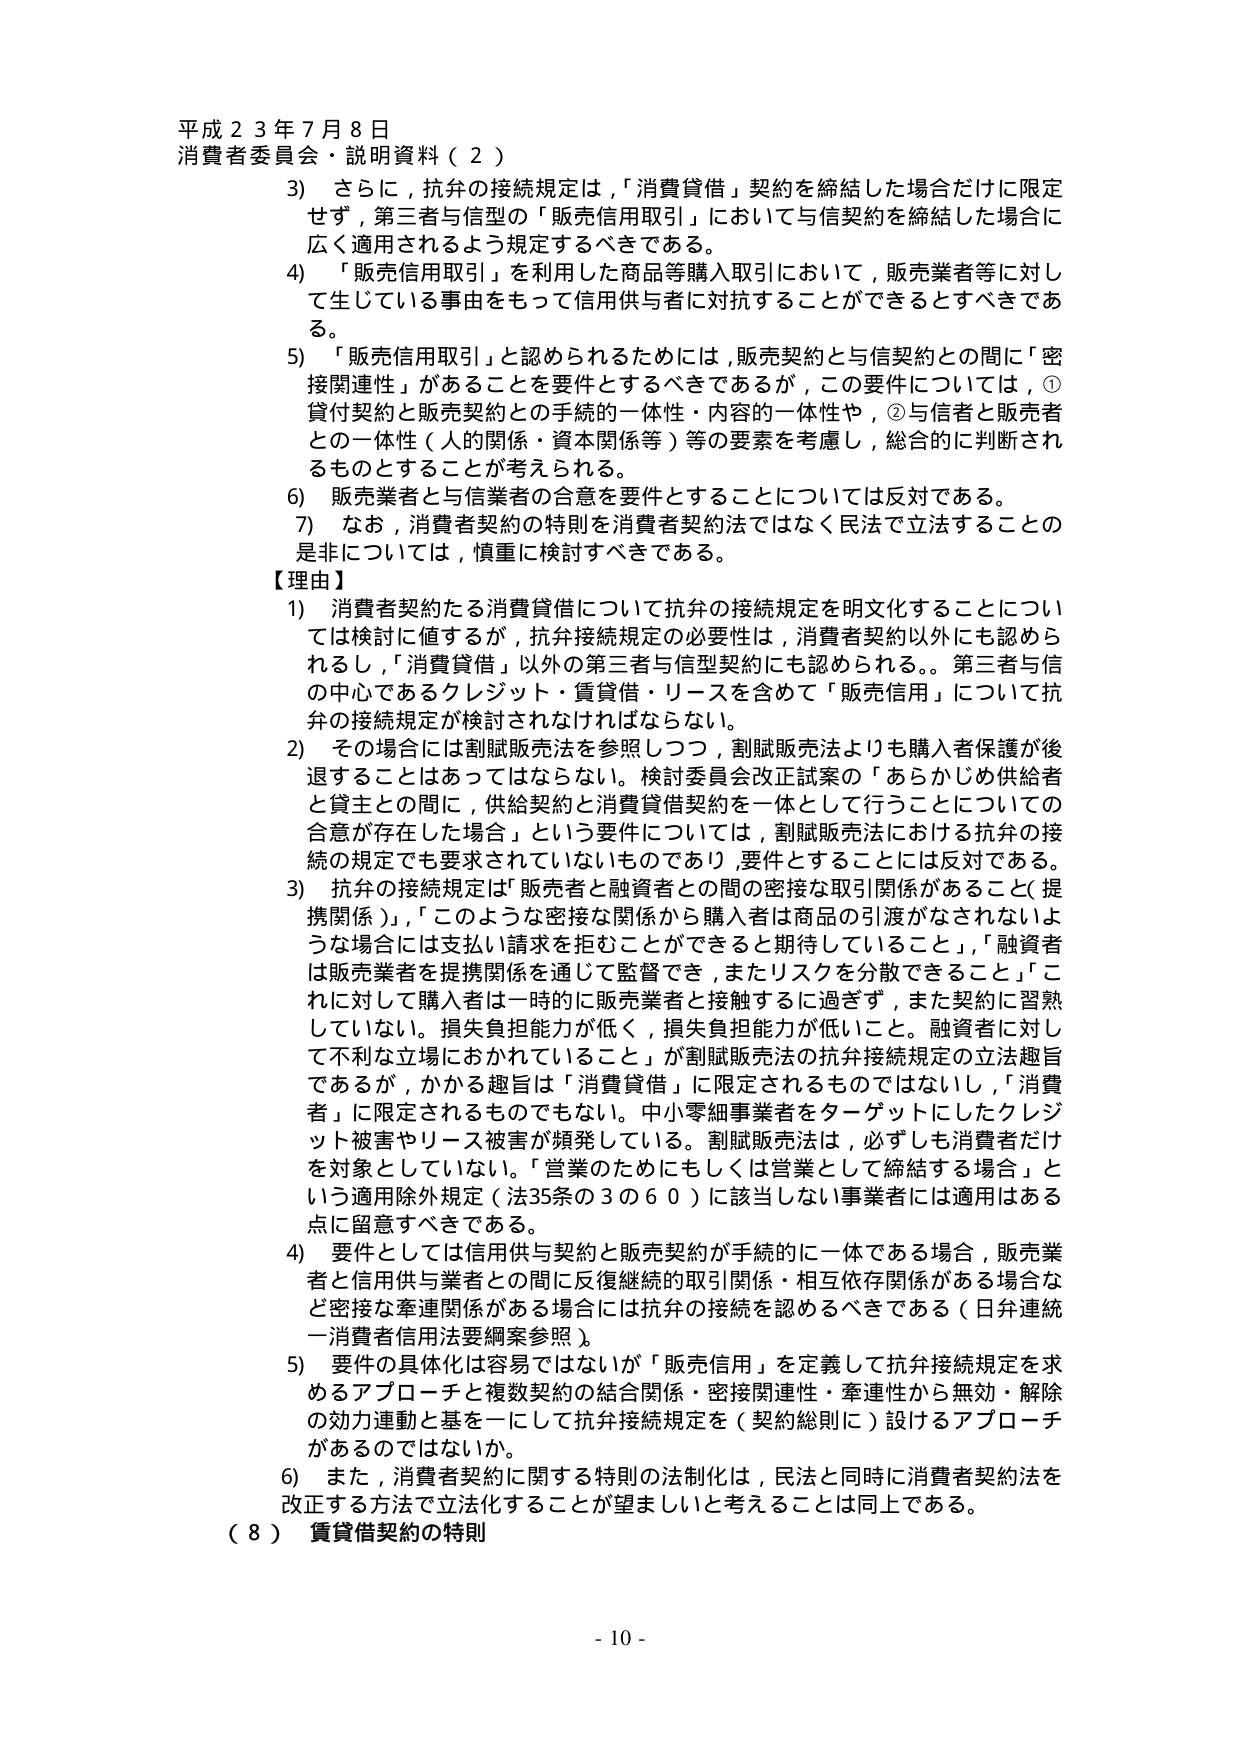
平成２３年７月８日
消費者委員会・説明資料（２）

3) さらに，抗弁の接続規定は，「消費貸借」契約を締結した場合だけに限定せず，第三者与信型の「販売信用取引」において与信契約を締結した場合に広く適用されるよう規定するべきである。

4) 「販売信用取引」を利用した商品等購入取引において，販売業者等に対し て生じている事由をもって信用供与者に対抗することができるときであ る。

5) 「販売信用取引」と認められるためには，販売契約と与信契約との間に「密 接関連性」があることを要件とするべきであるが，この要件については，① 貸付契約と販売契約との手続的一体性・内容的一体性や，②与信者と販売者 との一体性（人的関係・資本関係等）等の要素を考慮し，総合的に判断され るものとすることが考えられる。

6) 販売業者と与信業者の合意を要件とすることについては反対である。

7) なお，消費者契約の特別を消費者契約法ではなく民法で立法することの 是非については，慎重に検討すべきである。

【理由】
1) 消費者契約たる消費貸借について抗弁の接続規定を明文化することについ ては検討に値するが，抗弁接続規定の必要性は，消費者契約以外にも認めら れるし，「消費貸借」以外の第三者与信型契約にも認められる。第三者与信 の中心であるクレジット・賃貸借・リースを含めて「販売信用」について抗 弁の接続規定が検討されなければならない。

2) その場合には割賦販売法を参照しつつ，割賦販売法よりも購入者保護が後 退することはあってはならない。検討委員会改正試案の「あらかじめ供給者 と貸主との間に，供給契約と消費貸借契約を一体として行うことについての 合意が存在した場合」という要件については，割賦販売法における抗弁の接 続規定でも要求されていないものであり，要件とすることは反対である。

3) 抗弁の接続規定は「販売者と融資者との間の密接な取引関係があること（提 携関係）」，「このような密接な関係から購入者は商品の引渡がなされないよ うな場合には支払い請求を拒むことができる期待していること」，「融資者 は販売業者を提携関係を通じて監督でき，またリスクを分散できること」，「こ れに対して購入者は一時的に販売業者と接触するに過ぎず，また契約に習熟 していない。損失負担能力が低く，損失負担能力が低いこと。融資者に対し て不利な立場におかれていること」が割賦販売法の抗弁接続規定の立法趣旨 であるが，かかる趣旨は「消費貸借」に限定されるものではないし，「消費 者」に限定されるものでもない。中小零細事業者をターゲットとしたクレジ ット被害やリース被害が頻発している。割賦販売法は，必ずしも消費者だけ を対象としていない。「営業のためにもしくは営業として締結する場合」と いう適用除外規定（法35条の3の60）に該当しない事業者には適用はある 点に留意すべきである。

4) 要件としては信用供与契約と販売契約が手続的に一体である場合，販売業 者と信用供与業者との間に反復継続的取引関係・相互依存関係がある場合な ど密接な牽連関係がある場合には抗弁の接続を認めるべきである（日弁連統 一消費者信用法要綱案参照）。

5) 要件の具体化は容易ではないが「販売信用」を定義して抗弁接続規定を求 めるアプローチと複数契約の結合関係・密接関連性・牽連性から無効・解除 の効力連動と基を一にして抗弁接続規定を（契約総則に）設けるアプローチ があるのではないか。

6) また，消費者契約に関する特別の法制化は，民法と同時に消費者契約法を 改正する方法で立法化することが望ましいと考えることは同上である。

（８） 賃貸借契約の特別

- 10 -